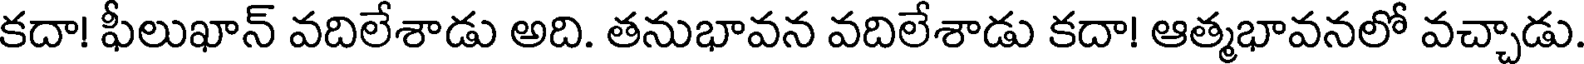
కదా! ఫీలుఖాన్ వదిలేశాడు అది. తనుభావన వదిలేశాడు కదా! ఆత్మభావనలో వచ్చాడు